Indian journal of veterinary science and animal husbandry - Volume 8,
Year: 1938
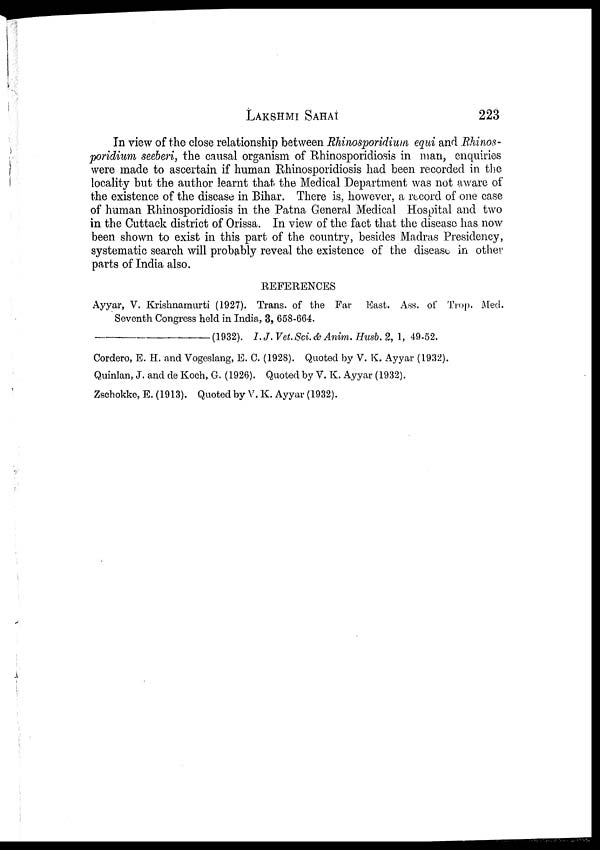
LAKSHMI
SAHAI
223
In view of the close relationship between Rhinosporidium equi and Rhinos-
poridium seeberi, the causal organism of Rhinosporidiosis in man, enquiries
were made to ascertain if human Rhinosporidiosis had been recorded in the
locality but the author learnt that the Medical Department was not aware of
the existence of the disease in Bihar. There is, however, a record of one case
of human Rhinosporidiosis in the Patna General Medical Hospital and two
in the Cuttack district of Orissa. In view of the fact that the disease has now
been shown to exist in this part of the country, besides Madras Presidency,
systematic search will probably reveal the existence of the disease in other
parts of India also.
REFERENCES
Ayyar, V. Krishnamurti (1927). Trans. of the Far
East. Ass. of Trop. Med.
Seventh Congress held in India, 3, 658-664.
––––––––––(1932).
I.J. Vet. Sci. & Anim. Husb. 2, 1, 49-52.
Cordero, E. H. and Vogeslang, E. C. (1928). Quoted by V. K. Ayyar (1932).
Quinlan, J. and de Koch, G. (1926). Quoted by V. K. Ayyar (1932).
Zschokke, E. (1913). Quoted by V. K. Ayyar (1932).